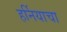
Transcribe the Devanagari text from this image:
हर्नियाचा